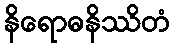
နိရောဓနိဿိတံ